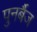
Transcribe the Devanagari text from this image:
पुनर्बैज